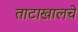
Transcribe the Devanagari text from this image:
ताटाखालचे